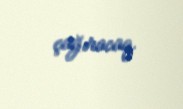
çağıracaq.